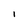
Character: I